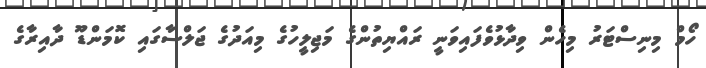
ހޯމް މިނިސްޓަރު މިހެން ވިދާޅުވެފައިވަނީ ރައްޔިތުންގެ މަޖިލީހުގެ މިއަދުގެ ޖަލްސާގައި ކޮމަންޑޫ ދާއިރާގެ